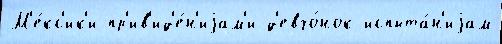
М'е́кс'ик'и пр'ив'ид'е́н'иjам'и д'евчо́нок испыта́н'иjам